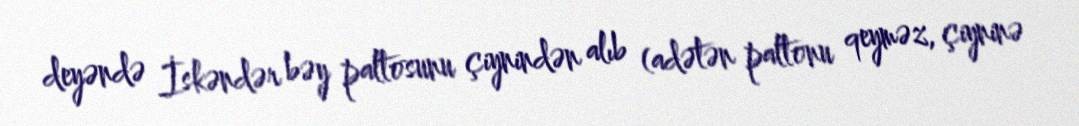
deyəndə İskəndər bəy paltosunu çiynindən alıb (adətən paltonu qeyməz, çiyninə